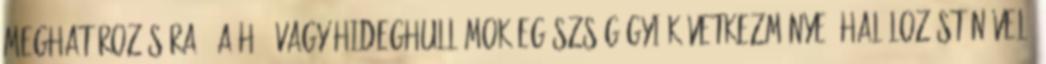
meghatározására. "A hő- vagy hideghullámok egészségügyi következménye, halálozást növelő